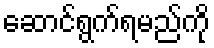
ဆောင်ရွက်ရမည်ကို